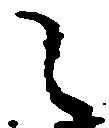
之